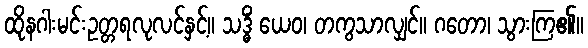
ထိုနဂါးမင်းဥတ္တရလုလင်နှင့်။ သဒ္ဓိံ ယေဝ၊ တကွသာလျှင်။ ဂတော၊ သွားကြ၏။